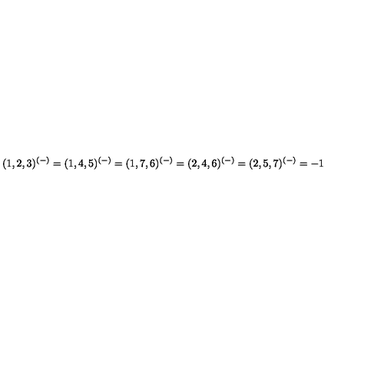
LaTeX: ( 1 , 2 , 3 ) ^ { ( - ) } = ( 1 , 4 , 5 ) ^ { ( - ) } = ( 1 , 7 , 6 ) ^ { ( - ) } = ( 2 , 4 , 6 ) ^ { ( - ) } = ( 2 , 5 , 7 ) ^ { ( - ) } = - 1